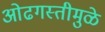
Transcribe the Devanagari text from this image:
ओढगस्तीमुळे